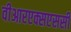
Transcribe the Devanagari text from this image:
वीआरएक्सएससी